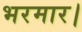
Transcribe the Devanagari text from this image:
भरमार।